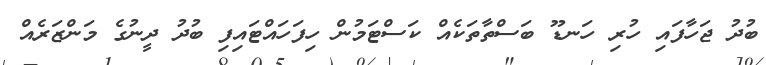
ބުދު ޖަހާފައި ހުރި ހަނޑޫ ބަސްތާތަކެއް ކަސްޓަމުން ހިފަހައްޓައިފި ބުދު ދީނުގެ މަންޒަރެއް